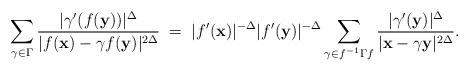
\begin{align*}\sum_{\gamma\in\Gamma}\frac{|\gamma'(f({\bf y}))|^{\Delta}}{|f({\bf x})-\gamma f({\bf y})|^{2\Delta}}\;=\;|f'({\bf x})|^{-\Delta}|f'({\bf y})|^{-\Delta}\sum_{\gamma\in f^{-1}\Gamma f}\frac{|\gamma'({\bf y})|^{\Delta}}{|{\bf x}-\gamma {\bf y}|^{2\Delta}}.\end{align*}